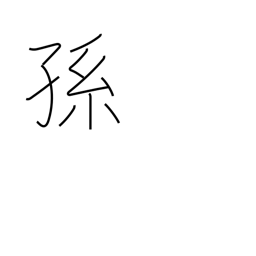
Meaning: descendants